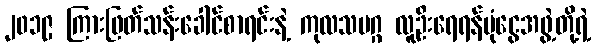
၂၀၁၉ ကြားဖြတ်သန်းခေါင်စာရင်းနဲ့ ကုလသမဂ္ဂ လူဦးရေရန်ပုံငွေအဖွဲ့တို့ရဲ့